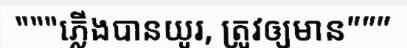
"""ភ្លើងបានយូរ, ត្រូវឲ្យមាន"""